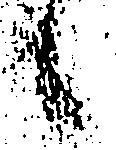
候